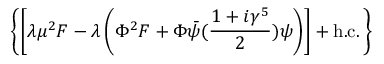
\left\{ \left[ \lambda \mu ^ { 2 } F - \lambda \left( \Phi ^ { 2 } F + \Phi \bar { \psi } ( { \frac { 1 + i \gamma ^ { 5 } } { 2 } } ) \psi \right) \right] + \mathrm { h . c . } \, \right\}